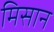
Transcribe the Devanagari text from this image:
मिसान